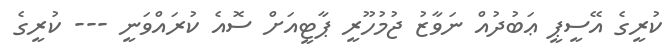
ކުރީގެ އޭސީޕީ ޢަބުދުއް ނަވާޒު ޖުމުހޫރީ ޕާޓީއަށް ސޮއެ ކުރައްވަނީ --- ކުރީގެ